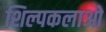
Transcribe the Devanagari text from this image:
शिल्पकलाओ